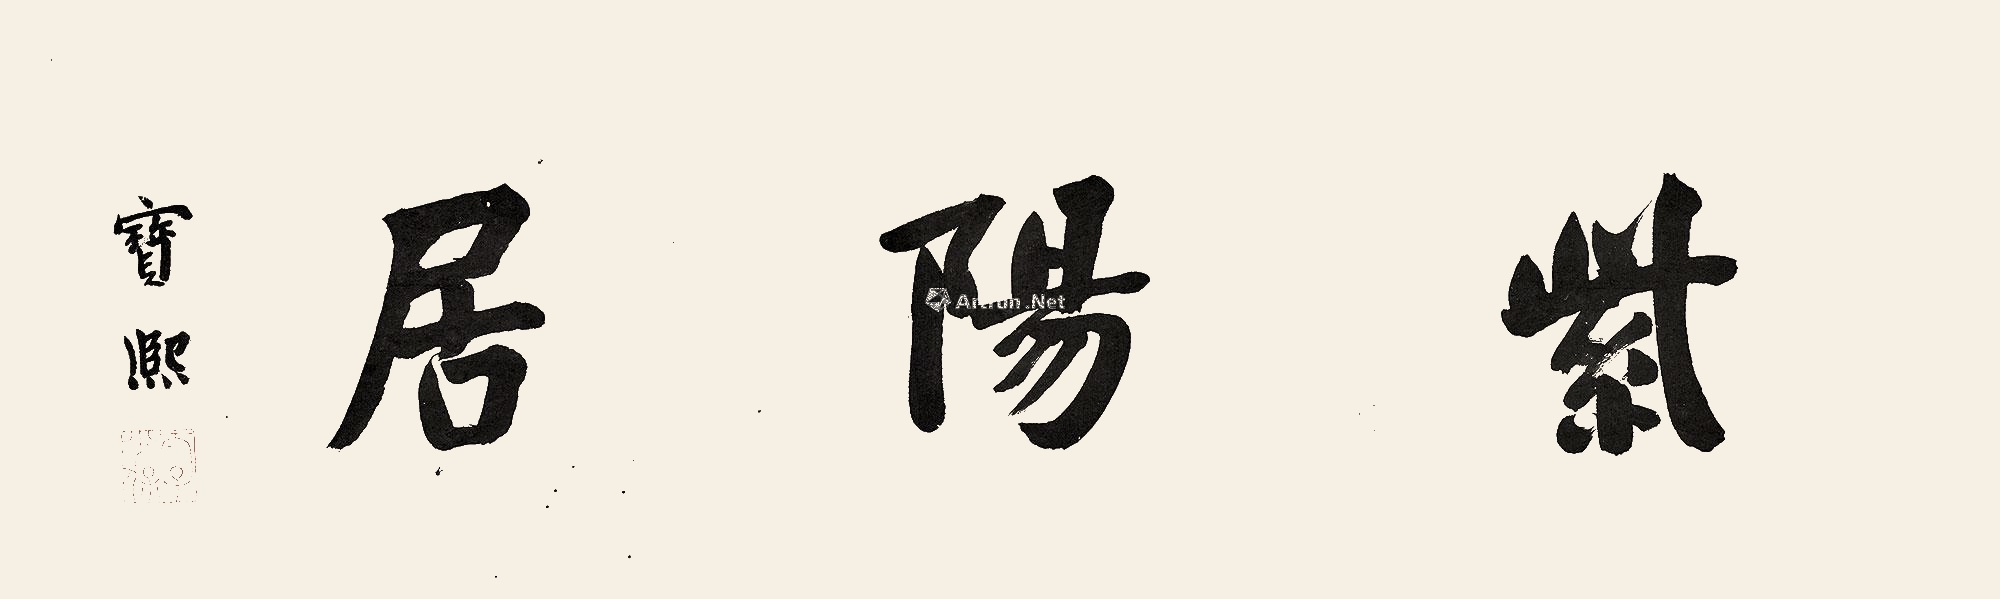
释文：紫阳居。宝熙。